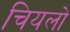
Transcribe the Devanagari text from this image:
चियलो